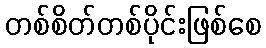
တစ်စိတ်တစ်ပိုင်းဖြစ်စေ